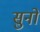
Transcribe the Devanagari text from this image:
सुनों